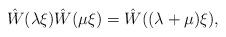
LaTeX: \begin{align*}\hat W(\lambda\xi)\hat W(\mu\xi)=\hat W((\lambda+\mu)\xi),\end{align*}